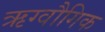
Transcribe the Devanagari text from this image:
ऋग्वौगिक